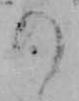
の